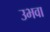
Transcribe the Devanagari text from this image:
उभवा